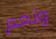
ونعم